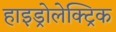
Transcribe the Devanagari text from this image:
हाइड्रोलेक्ट्रिक